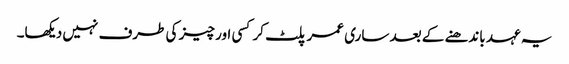
یہ عہد باندھنے کے بعد ساری عمر پلٹ کر کسی اور چیز کی طرف نہیں دیکھا۔